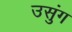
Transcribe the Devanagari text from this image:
उसुंग